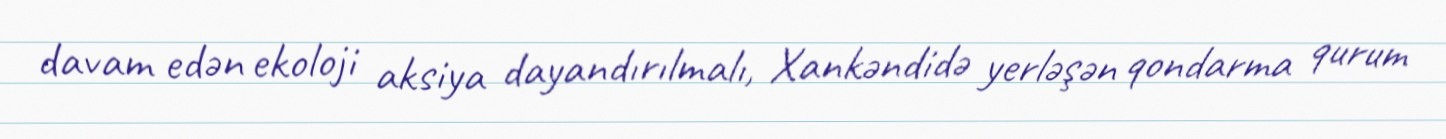
davam edən ekoloji aksiya dayandırılmalı, Xankəndidə yerləşən qondarma qurum